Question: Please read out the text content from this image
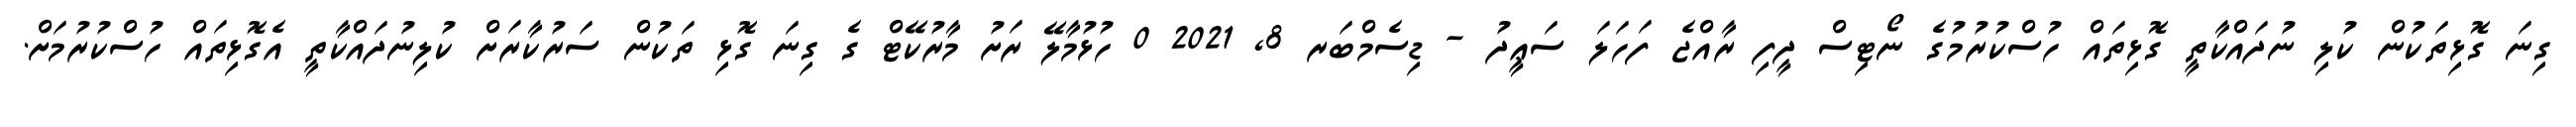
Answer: ގިނަ ގޮޅިތަކުން ކުލި ނުދައްކާތީ ގޮޅިތައް ހުސްކުރުމުގެ ނޯޓިސް ދީފި ރާއްޖެ ފަހަލަ ސަޢީދު - ޑިސެމްބަރ 8, 2021 0 ހުޅުމާލޭ ރަށު މާރުކޭޓް ގެ ގިނަ ގޮޅި ތަކުން ސަރުކާރަށް ކުލިނުދައްކާތީ އެގޮޅިތައް ހުސްކުރުމަށް.